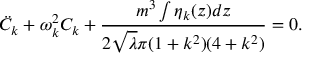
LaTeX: { \ddot { C } } _ { k } + \omega _ { k } ^ { 2 } C _ { k } + \frac { m ^ { 3 } \int \eta _ { k } ( z ) d z } { 2 { \sqrt \lambda } \pi ( 1 + k ^ { 2 } ) ( 4 + k ^ { 2 } ) } = 0 .